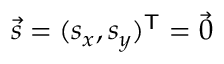
{ \vec { s } } = ( s _ { x } , s _ { y } ) ^ { \mathsf { T } } = { \vec { 0 } } \,